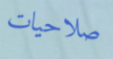
صلاحيات